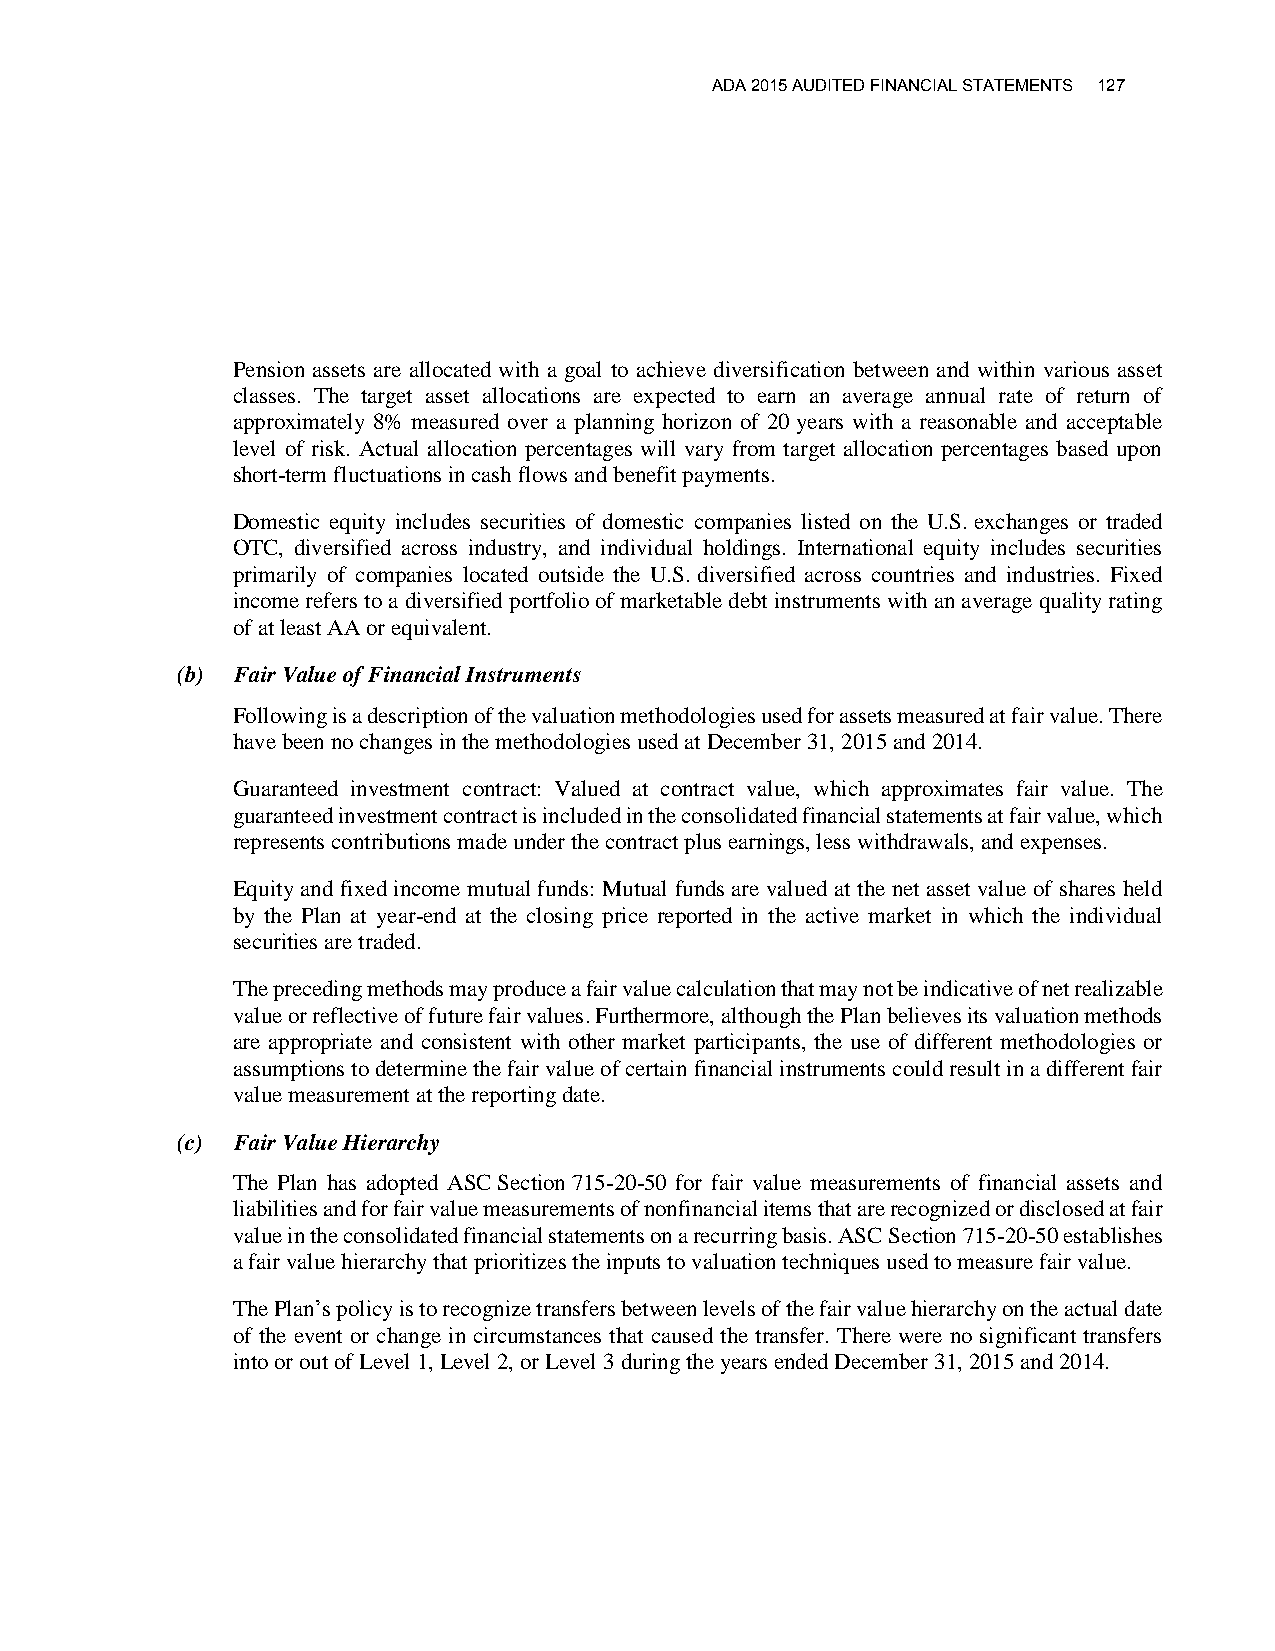
ADA 2015 AUDITED FINANCIAL STATEMENTS 127
 Pension assets are allocated with a goal to achieve diversification between and within various asset
 classes. The target asset allocations are expected to earn an average annual rate of return of
 approximately 8% measured over a planning horizon of 20 years with a reasonable and acceptable
 level of risk. Actual allocation percentages will vary from target allocation percentages based upon
 short-term fluctuations in cash flows and benefit payments.
 Domestic equity includes securities of domestic companies listed on the U.S. exchanges or traded
 OTC, diversified across industry, and individual holdings. International equity includes securities
 primarily of companies located outside the U.S. diversified across countries and industries. Fixed
 income refers to a diversified portfolio of marketable debt instruments with an average quality rating
 of at least AA or equivalent.
 (b) Fair Value of Financial Instruments
 Following is a description of the valuation methodologies used for assets measured at fair value. There
 have been no changes in the methodologies used at December 31, 2015 and 2014.
 Guaranteed investment contract: Valued at contract value, which approximates fair value. The
 guaranteed investment contract is included in the consolidated financial statements at fair value, which
 represents contributions made under the contract plus earnings, less withdrawals, and expenses.
 Equity and fixed income mutual funds: Mutual funds are valued at the net asset value of shares held
 by the Plan at year-end at the closing price reported in the active market in which the individual
 securities are traded.
 The preceding methods may produce a fair value calculation that may not be indicative of net realizable
 value or reflective of future fair values. Furthermore, although the Plan believes its valuation methods
 are appropriate and consistent with other market participants, the use of different methodologies or
 assumptions to determine the fair value of certain financial instruments could result in a different fair
 value measurement at the reporting date.
 (c) Fair Value Hierarchy
 The Plan has adopted ASC Section 715-20-50 for fair value measurements of financial assets and
 liabilities and for fair value measurements of nonfinancial items that are recognized or disclosed at fair
 value in the consolidated financial statements on a recurring basis. ASC Section 715-20-50 establishes
 a fair value hierarchy that prioritizes the inputs to valuation techniques used to measure fair value.
 The Plan’s policy is to recognize transfers between levels of the fair value hierarchy on the actual date
 of the event or change in circumstances that caused the transfer. There were no significant transfers
 into or out of Level 1, Level 2, or Level 3 during the years ended December 31, 2015 and 2014.